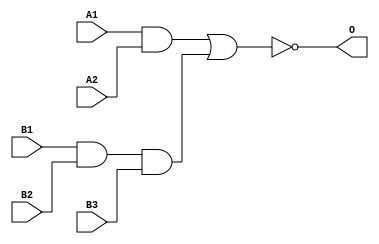
module MJD23A(A1, A2, B1, B2, B3, O);
input   A1;
input   A2;
input   B1;
input   B2;
input   B3;
output  O;
and g0(w0, A1, A2);
and g1(w3, B1, B2, B3);
nor g2(O, w0, w3);
endmodule